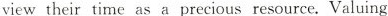
view their time as a precious resource. Valuing